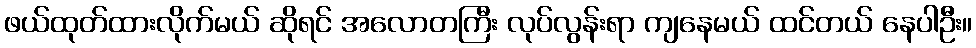
ဖယ်ထုတ်ထားလိုက်မယ် ဆိုရင် အလောတကြီး လုပ်လွန်းရာ ကျနေမယ် ထင်တယ် နေပါဦး။